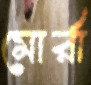
মোর্রা